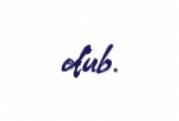
olub.